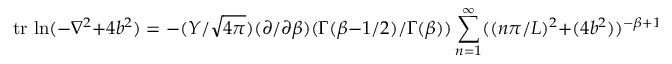
\mathrm { t r ~ l n } ( - \nabla ^ { 2 } + 4 b ^ { 2 } ) = - ( Y / \sqrt { 4 \pi } ) ( \partial / \partial \beta ) ( \Gamma ( \beta - 1 / 2 ) / \Gamma ( \beta ) ) \sum _ { n = 1 } ^ { \infty } ( ( n \pi / L ) ^ { 2 } + ( 4 b ^ { 2 } ) ) ^ { - \beta + 1 / 2 }